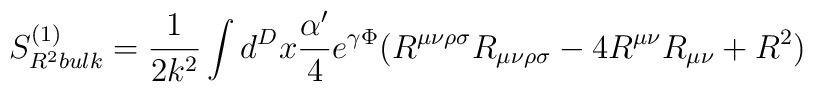
S^{(1)}_{R^2 bulk}=\frac{1}{2k^2}\int d^Dx\frac{\alpha^\prime}{4}e^{\gamma\Phi}\bigl(R^{\mu\nu\rho\sigma}R_{\mu\nu\rho\sigma}-4R^{\mu\nu}R_{\mu\nu}+R^2\bigr)